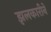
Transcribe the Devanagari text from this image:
झलकारीने